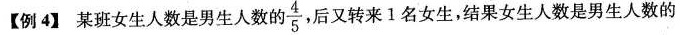
【例4】某班女生人数是男生人数的 \frac{4}{5} ，后又转来1名女生，结果女生人数是男生人数的